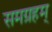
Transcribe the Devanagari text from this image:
समग्रहम्